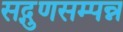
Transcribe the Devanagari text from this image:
सद्गुणसम्पन्न